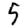
Digit: 5